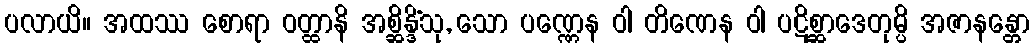
ပလာယိ။ အထဿ စောရာ ဝတ္ထာနိ အစ္ဆိန္ဒိံသု, သော ပဏ္ဏေန ဝါ တိဏေန ဝါ ပဋိစ္ဆာဒေတုမ္ပိ အဇာနန္တော